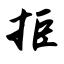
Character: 拒